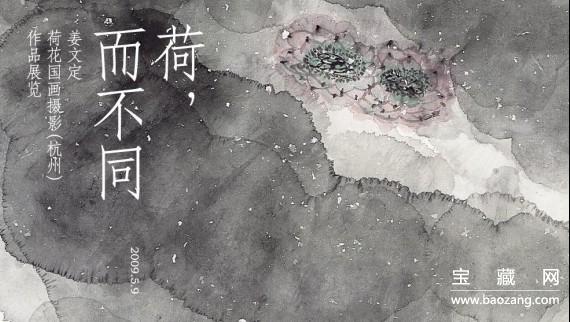
天下之百姓皆上同于天子，而不上同于天，则灾犹未去也。